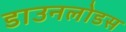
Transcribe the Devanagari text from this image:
डाउनलोडस